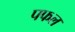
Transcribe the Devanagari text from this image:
पफल